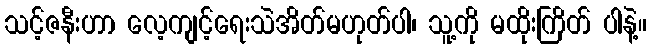
သင့်ဇနီးဟာ လေ့ကျင့်ရေးသဲအိတ်မဟုတ်ပါ၊ သူ့ကို မထိုးကြိတ် ပါနဲ့။